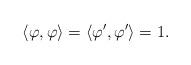
LaTeX: \begin{align*} \langle \varphi, \varphi \rangle = \langle \varphi', \varphi' \rangle = 1.\end{align*}